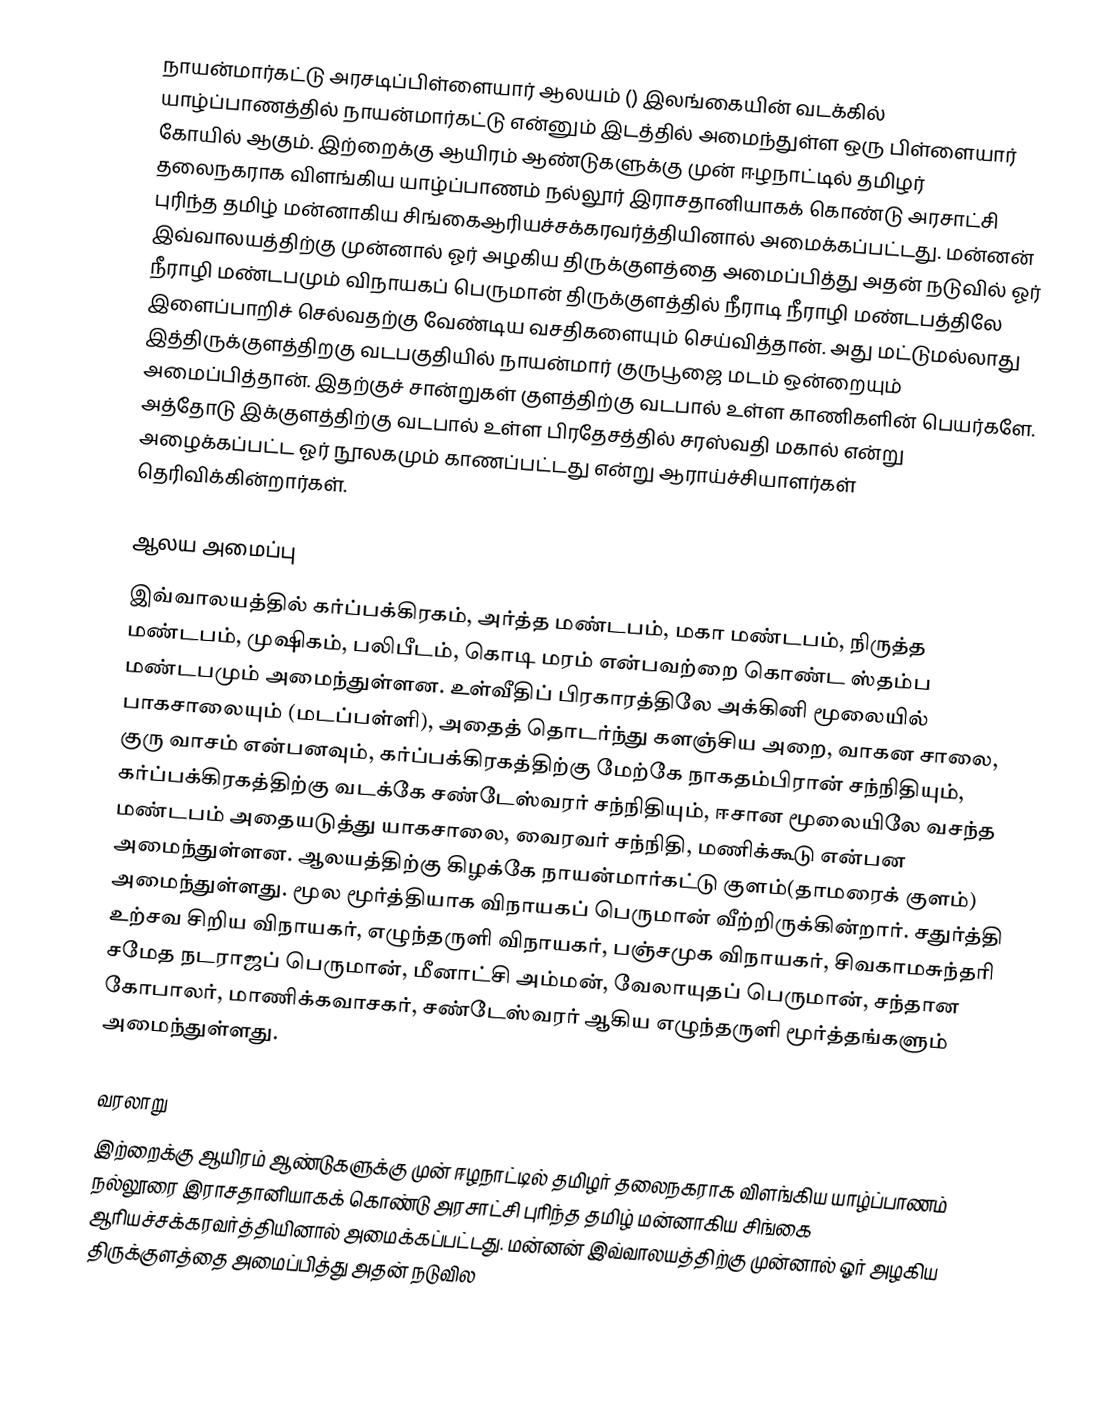
நாயன்மார்கட்டு அரசடிப்பிள்ளையார் ஆலயம் () இலங்கையின் வடக்கில் யாழ்ப்பாணத்தில் நாயன்மார்கட்டு என்னும் இடத்தில் அமைந்துள்ள ஒரு பிள்ளையார் கோயில் ஆகும். இற்றைக்கு ஆயிரம் ஆண்டுகளுக்கு முன் ஈழநாட்டில் தமிழர் தலைநகராக விளங்கிய யாழ்ப்பாணம் நல்லூர் இராசதானியாகக் கொண்டு அரசாட்சி புரிந்த தமிழ் மன்னாகிய சிங்கைஆரியச்சக்கரவர்த்தியினால் அமைக்கப்பட்டது. மன்னன் இவ்வாலயத்திற்கு முன்னால் ஓர் அழகிய திருக்குளத்தை அமைப்பித்து அதன் நடுவில் ஓர் நீராழி மண்டபமும் விநாயகப் பெருமான் திருக்குளத்தில் நீராடி நீராழி மண்டபத்திலே இளைப்பாறிச் செல்வதற்கு வேண்டிய வசதிகளையும் செய்வித்தான். அது மட்டுமல்லாது இத்திருக்குளத்திறகு வடபகுதியில் நாயன்மார் குருபூஜை மடம் ஒன்றையும் அமைப்பித்தான். இதற்குச் சான்றுகள் குளத்திற்கு வடபால் உள்ள காணிகளின் பெயர்களே. அத்தோடு இக்குளத்திற்கு வடபால் உள்ள பிரதேசத்தில் சரஸ்வதி மகால் என்று அழைக்கப்பட்ட ஓர் நூலகமும் காணப்பட்டது என்று ஆராய்ச்சியாளர்கள் தெரிவிக்கின்றார்கள்.

ஆலய அமைப்பு
இவ்வாலயத்தில் கர்ப்பக்கிரகம், அர்த்த மண்டபம், மகா மண்டபம், நிருத்த மண்டபம், முஷிகம், பலிபீடம், கொடி மரம் என்பவற்றை கொண்ட ஸ்தம்ப மண்டபமும் அமைந்துள்ளன. உள்வீதிப் பிரகாரத்திலே அக்கினி மூலையில் பாகசாலையும் (மடப்பள்ளி), அதைத் தொடர்ந்து களஞ்சிய அறை, வாகன சாலை, குரு வாசம் என்பனவும், கர்ப்பக்கிரகத்திற்கு மேற்கே நாகதம்பிரான் சந்நிதியும், கர்ப்பக்கிரகத்திற்கு வடக்கே சண்டேஸ்வரர் சந்நிதியும், ஈசான மூலையிலே வசந்த மண்டபம் அதையடுத்து யாகசாலை, வைரவர் சந்நிதி, மணிக்கூடு என்பன அமைந்துள்ளன. ஆலயத்திற்கு கிழக்கே நாயன்மார்கட்டு குளம்(தாமரைக் குளம்) அமைந்துள்ளது. மூல மூர்த்தியாக விநாயகப் பெருமான் வீற்றிருக்கின்றார். சதுர்த்தி உற்சவ சிறிய விநாயகர்,  எழுந்தருளி விநாயகர், பஞ்சமுக விநாயகர், சிவகாமசுந்தரி சமேத நடராஜப் பெருமான், மீனாட்சி அம்மன், வேலாயுதப் பெருமான், சந்தான கோபாலர், மாணிக்கவாசகர், சண்டேஸ்வரர் ஆகிய எழுந்தருளி மூர்த்தங்களும் அமைந்துள்ளது.

வரலாறு
இற்றைக்கு ஆயிரம் ஆண்டுகளுக்கு முன் ஈழநாட்டில் தமிழர் தலைநகராக விளங்கிய யாழ்ப்பாணம் நல்லூரை இராசதானியாகக் கொண்டு அரசாட்சி புரிந்த தமிழ் மன்னாகிய சிங்கை ஆரியச்சக்கரவர்த்தியினால் அமைக்கப்பட்டது. மன்னன் இவ்வாலயத்திற்கு முன்னால் ஓர் அழகிய திருக்குளத்தை அமைப்பித்து அதன் நடுவில